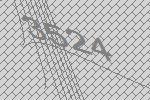
3524